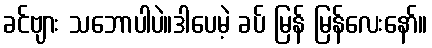
ခင်ဗျား သဘောပါပဲ။ဒါပေမဲ့ ခပ် မြန် မြန်လေးနော်။